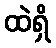
ထဲရှိ